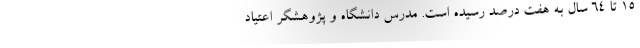
۱۵ تا ۶۴ سال به هفت درصد رسیده است. مدرس دانشگاه و پژوهشگر اعتیاد